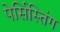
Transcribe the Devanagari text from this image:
पेर्सिस्तिंग